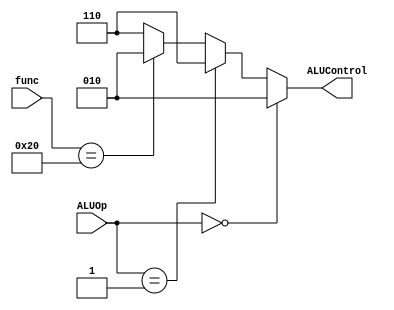
module alu_decoder(input [5:0] func, input [1:0] ALUOp, output reg [2:0] ALUControl);
    always @(*) begin
        if (ALUOp == 2'b00) begin
            ALUControl = 3'b010;
        end
        else if (ALUOp == 2'b01) begin
            ALUControl = 3'b110;
        end
        else begin
            if (func == 6'b100000) begin
                ALUControl = 3'b010;
            end
            else 
                ALUControl = 3'b110;
        end
    end
endmodule